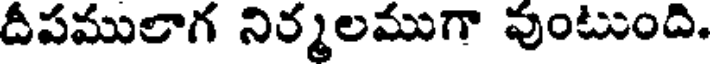
దీపములాగ నిర్మలముగా వుంటుంది.